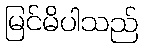
မြင်မိပါသည်